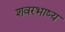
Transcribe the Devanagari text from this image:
शवरभाष्य